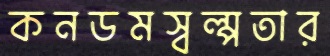
কনডমস্বল্পতার